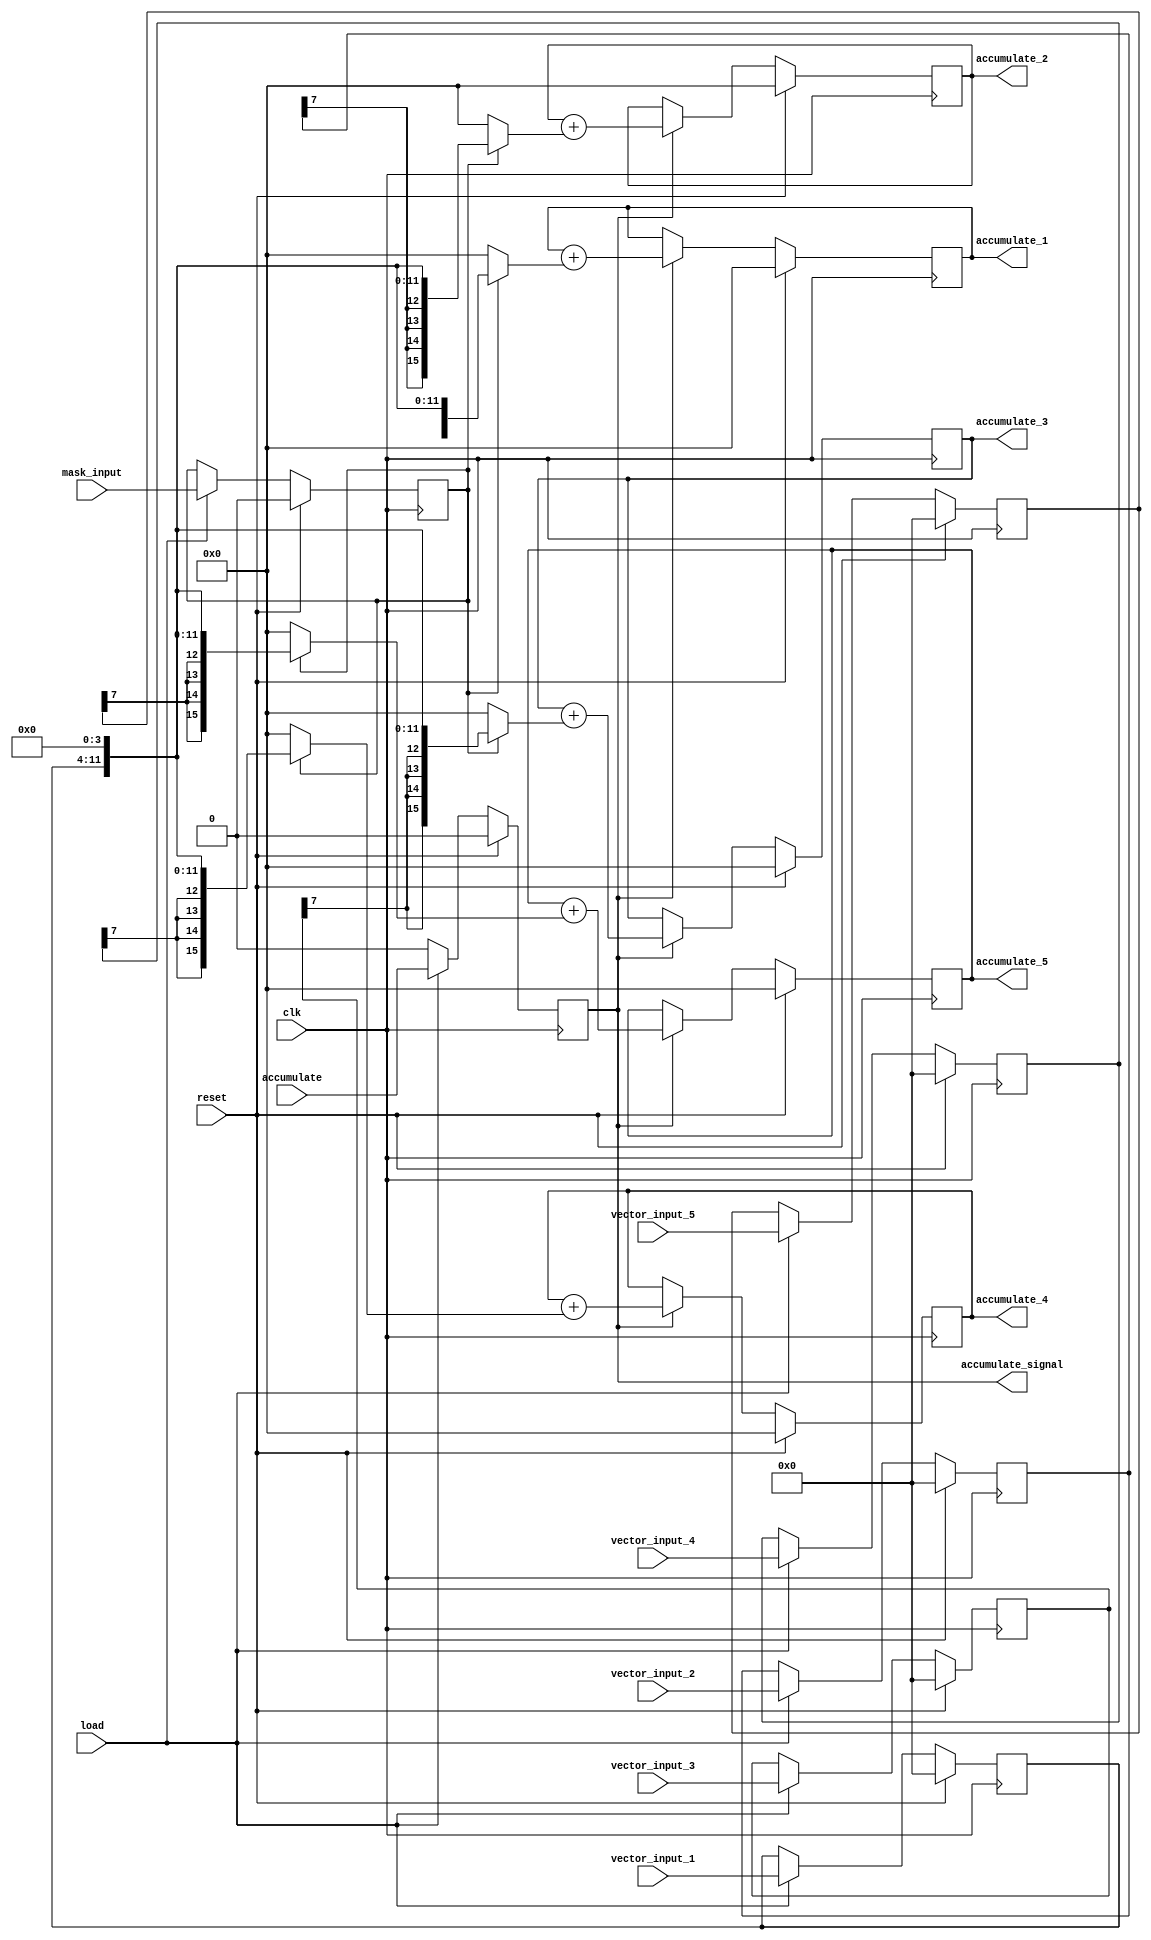
`timescale 1ns / 1ps
//////////////////////////////////////////////////////////////////////////////////
// Company: 
// Engineer: 
// 
// Design Name: 
// Module Name: layer_1_5_multiply
// Project Name: 
// Target Devices: 
// Tool Versions: 
// Description: 
// 
// Dependencies: 
// 
// Revision:
// Revision 0.01 - File Created
// Additional Comments:
// 
//////////////////////////////////////////////////////////////////////////////////


module layer_1_5_multiply(
     vector_input_1, vector_input_2, vector_input_3, vector_input_4, vector_input_5, mask_input, clk, load, reset, accumulate, accumulate_1, accumulate_2, accumulate_3, accumulate_4, accumulate_5,accumulate_signal
    );
    
    parameter SIZE = 8;
    parameter SIGN_BIT_SIZE = 4;
    parameter OUTPUT_SIZE = 16;
     // port setup
     input [SIZE -1:0]  vector_input_1, vector_input_2, vector_input_3, vector_input_4, vector_input_5;
     input mask_input, accumulate, clk, load, reset;
     output reg [OUTPUT_SIZE -1 :0]  accumulate_1, accumulate_2, accumulate_3, accumulate_4, accumulate_5;
     output accumulate_signal;
     
      // intermediate signals
     wire [OUTPUT_SIZE -1 :0]  accumulate_1_w, accumulate_2_w, accumulate_3_w, accumulate_4_w, accumulate_5_w;
     reg [SIZE -1:0]  vector_input_1_reg, vector_input_2_reg, vector_input_3_reg, vector_input_4_reg, vector_input_5_reg;
     reg mask_input_reg ,accumulate_reg;
     
     // input flops
     always @(posedge clk) begin
        if (reset) begin
            mask_input_reg <= 0;
            accumulate_reg <= 0;
            vector_input_1_reg <= 0;
            vector_input_2_reg <= 0;
            vector_input_3_reg <= 0;
            vector_input_4_reg <= 0;
            vector_input_5_reg <= 0;
        end else begin
            if (load) begin
                mask_input_reg <= mask_input;
                accumulate_reg <= accumulate;
                vector_input_1_reg <= vector_input_1;
                vector_input_2_reg <= vector_input_2;
                vector_input_3_reg <= vector_input_3;
                vector_input_4_reg <= vector_input_4;
                vector_input_5_reg <= vector_input_5;
            end else begin
                mask_input_reg <= mask_input_reg;
                accumulate_reg <= 0;
                vector_input_1_reg <= vector_input_1_reg;
                vector_input_2_reg <= vector_input_2_reg;
                vector_input_3_reg <= vector_input_3_reg;
                vector_input_4_reg <= vector_input_4_reg;
                vector_input_5_reg <= vector_input_5_reg;
            end
        end
     end
    
//    // single bit multiplications
//    single_bit_multiply #(.SIZE(SIZE)) m1 (.multiplier(vector_input_1_reg), .multiplicand(mask_input_reg), .product(accumulate_1_w) );
//    single_bit_multiply #(.SIZE(SIZE)) m2 (.multiplier(vector_input_2_reg), .multiplicand(mask_input_reg), .product(accumulate_2_w) );
//    single_bit_multiply #(.SIZE(SIZE)) m3 (.multiplier(vector_input_3_reg), .multiplicand(mask_input_reg), .product(accumulate_3_w) );
//    single_bit_multiply #(.SIZE(SIZE)) m4 (.multiplier(vector_input_4_reg), .multiplicand(mask_input_reg), .product(accumulate_4_w) );
//    single_bit_multiply #(.SIZE(SIZE)) m5 (.multiplier(vector_input_5_reg), .multiplicand(mask_input_reg), .product(accumulate_5_w) );
    
    // a multiply by 1 in fixed point representation
    assign accumulate_1_w = mask_input_reg ? {{OUTPUT_SIZE-(SIZE+SIGN_BIT_SIZE){vector_input_1_reg[SIZE-1]}},vector_input_1_reg,{SIGN_BIT_SIZE{1'b0}}} : 0;
    assign accumulate_2_w = mask_input_reg ? {{OUTPUT_SIZE-(SIZE+SIGN_BIT_SIZE){vector_input_2_reg[SIZE-1]}},vector_input_1_reg,{SIGN_BIT_SIZE{1'b0}}} : 0;
    assign accumulate_3_w = mask_input_reg ? {{OUTPUT_SIZE-(SIZE+SIGN_BIT_SIZE){vector_input_3_reg[SIZE-1]}},vector_input_1_reg,{SIGN_BIT_SIZE{1'b0}}} : 0;
    assign accumulate_4_w = mask_input_reg ? {{OUTPUT_SIZE-(SIZE+SIGN_BIT_SIZE){vector_input_4_reg[SIZE-1]}},vector_input_1_reg,{SIGN_BIT_SIZE{1'b0}}} : 0;
    assign accumulate_5_w = mask_input_reg ? {{OUTPUT_SIZE-(SIZE+SIGN_BIT_SIZE){vector_input_5_reg[SIZE-1]}},vector_input_1_reg,{SIGN_BIT_SIZE{1'b0}}} : 0;
    
    assign accumulate_signal = accumulate_reg;
    
    // output accumulator
    // THE 8 bit numbers are sign extended
//     accumulator #(.SIZE(2*SIZE)) a0 (.accumulator_input({{SIZE{accumulate_1_w[SIZE-1]}},accumulate_1_w}), .reset(reset), .clk(clk), .accumulator_output(accumulate_1), .valid(accumulate_reg));
//     accumulator #(.SIZE(2*SIZE)) a1 (.accumulator_input({{SIZE{accumulate_2_w[SIZE-1]}},accumulate_2_w}), .reset(reset), .clk(clk), .accumulator_output(accumulate_2), .valid(accumulate_reg));
//     accumulator #(.SIZE(2*SIZE)) a2 (.accumulator_input({{SIZE{accumulate_3_w[SIZE-1]}},accumulate_3_w}), .reset(reset), .clk(clk), .accumulator_output(accumulate_3), .valid(accumulate_reg));
//     accumulator #(.SIZE(2*SIZE)) a3 (.accumulator_input({{SIZE{accumulate_4_w[SIZE-1]}},accumulate_4_w}), .reset(reset), .clk(clk), .accumulator_output(accumulate_4), .valid(accumulate_reg));
//     accumulator #(.SIZE(2*SIZE)) a4 (.accumulator_input({{SIZE{accumulate_5_w[SIZE-1]}},accumulate_5_w}), .reset(reset), .clk(clk), .accumulator_output(accumulate_5), .valid(accumulate_reg));
     
     // accummulator
     always @(posedge clk) begin
        if (reset) begin
            accumulate_1 <= 0;
            accumulate_2 <= 0;
            accumulate_3 <= 0;
            accumulate_4 <= 0;
            accumulate_5 <= 0;
         end else begin
            if (accumulate_reg)begin
            // THE 8 bit numbers are sign extended
                accumulate_1 <= accumulate_1 + {accumulate_1_w};
                accumulate_2 <= accumulate_2 + {accumulate_2_w};
                accumulate_3 <= accumulate_3 + {accumulate_3_w};
                accumulate_4 <= accumulate_4 + {accumulate_4_w};
                accumulate_5 <= accumulate_5 + {accumulate_5_w};
            end else begin
                accumulate_1 <= accumulate_1;
                accumulate_2 <= accumulate_2;
                accumulate_3 <= accumulate_3;
                accumulate_4 <= accumulate_4;
                accumulate_5 <= accumulate_5;
            end
         end
    end
    
endmodule